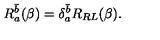
R _ { a } ^ { \bar { b } } ( \beta ) = \delta _ { a } ^ { \bar { b } } R _ { R L } ( \beta ) .